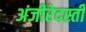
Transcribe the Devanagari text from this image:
अंजीरेदस्ती